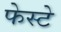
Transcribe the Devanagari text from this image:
फेस्टे